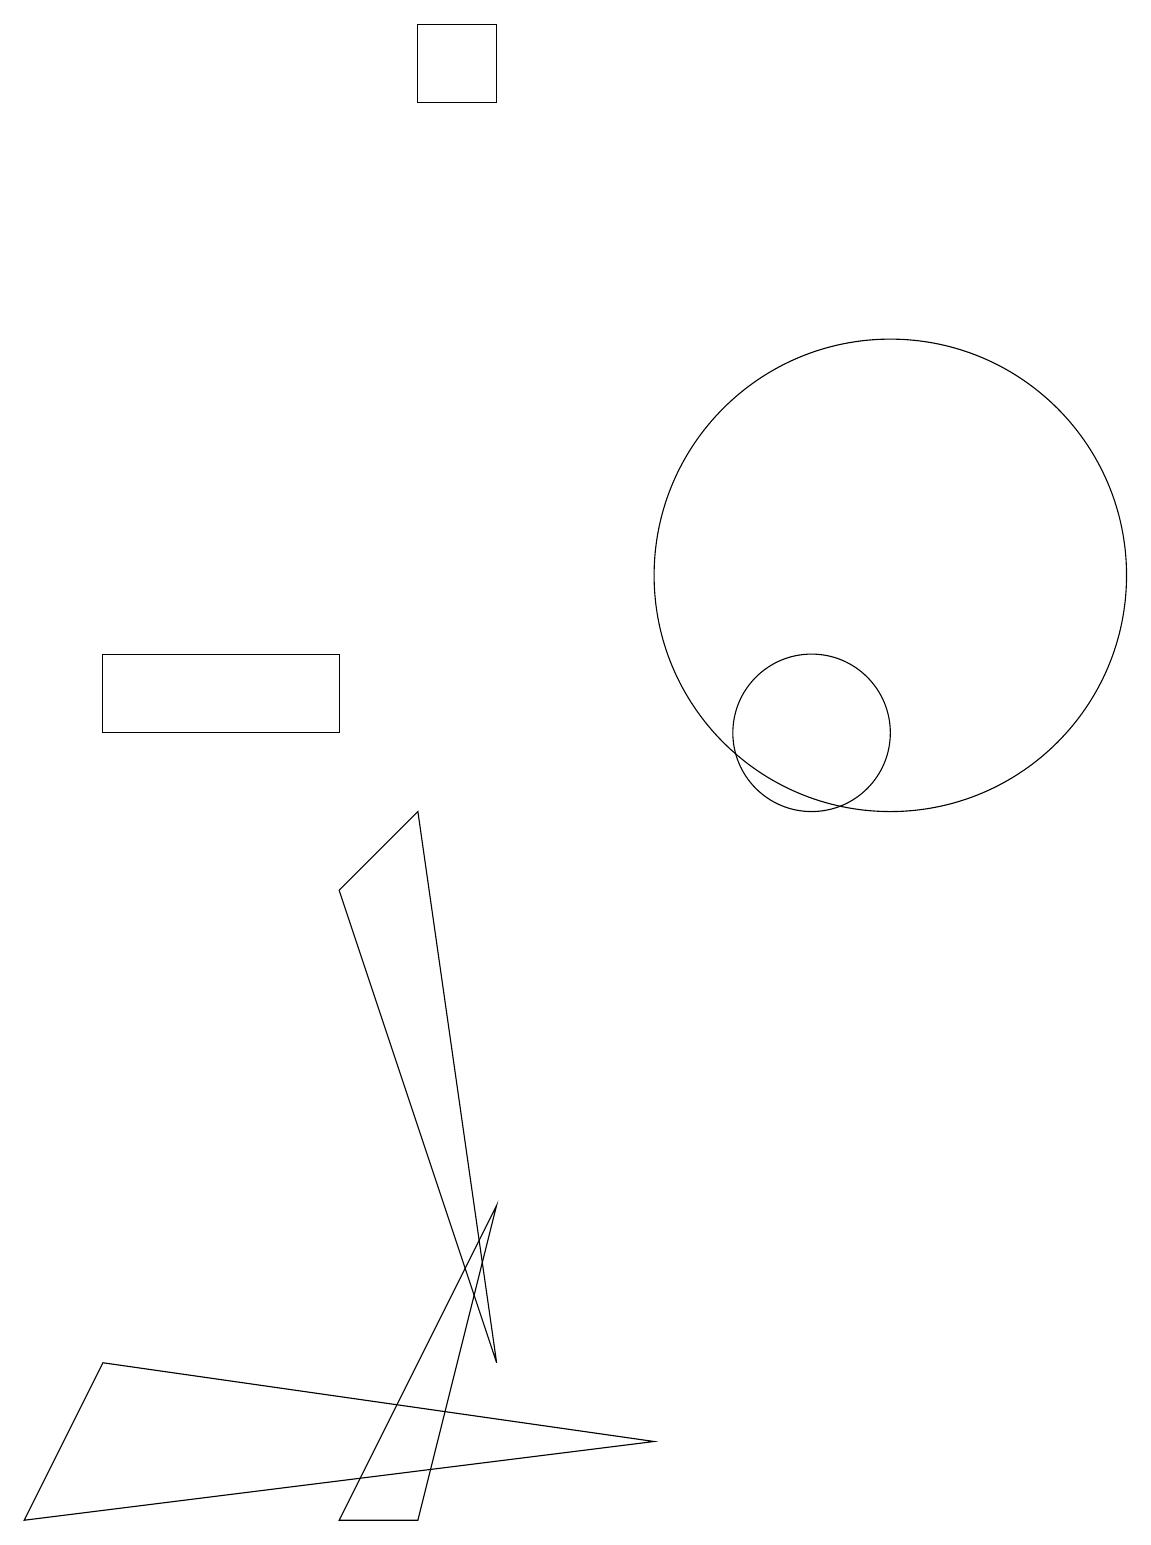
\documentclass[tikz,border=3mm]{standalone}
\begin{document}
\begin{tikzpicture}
\draw (0,0) -- (1,2) -- (8,1) -- cycle;
\draw (11,12) circle (3);
\draw (11,11) circle (0);
\draw (5,0) -- (6,4) -- (4,0) -- cycle;
\draw (6,19) rectangle (5,18);
\draw (6,2) -- (4,8) -- (5,9) -- cycle;
\draw (10,10) circle (1);
\draw (1,10) rectangle (4,11);
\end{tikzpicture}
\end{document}